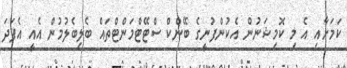
ކަމަށާއި އެ މި ކޮމިޝަނުން އެކުންފުނީގެ ބޭންކް ސްޓޭޓްމަންޓްތައް ބެލިބެލުމުން އެއީ އެފަދަ